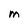
Character: m